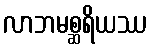
လာဘမစ္ဆရိယဿ